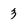
Character: 3